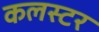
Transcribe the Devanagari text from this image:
कलस्टर